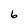
Character: 6